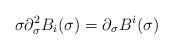
LaTeX: \begin{align*}\sigma \partial^2_\sigma B_i(\sigma) = \partial_\sigma B^i(\sigma) \end{align*}